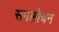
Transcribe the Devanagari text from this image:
समलोचन